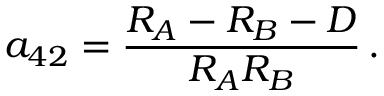
a _ { 4 2 } = { \frac { R _ { A } - R _ { B } - D } { R _ { A } R _ { B } } } \, .